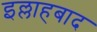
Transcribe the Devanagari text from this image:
इल्लाहबाद